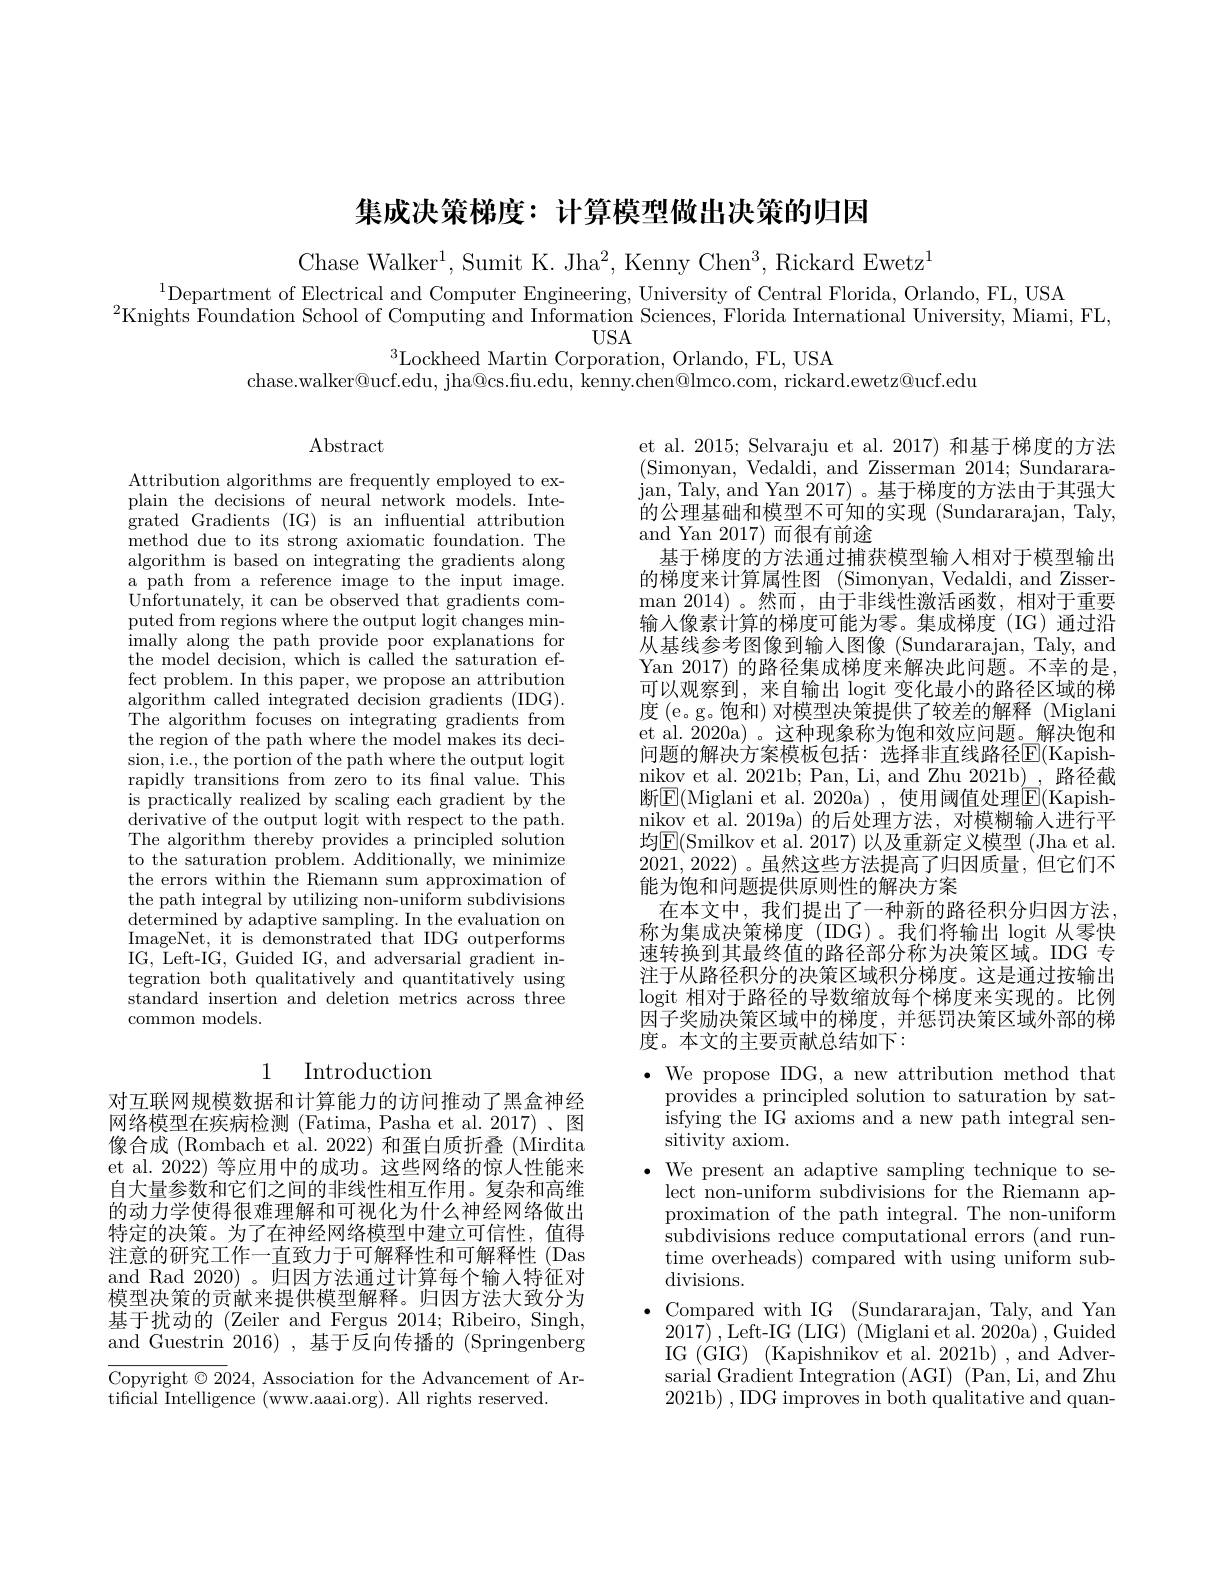
集成决策梯度：计算模型做出决策的归因

Chase Walker$^1$,Sumit K. Jha$^2$, Kenny Chen$^3$,Rickard Ewetz$^1$

$^{1}$Department of Electrical and Computer Engineering, University of Central Florida, Orlando, FL, USA

$^{2}$Knights Foundation School of Computing and Information Sciences, Florida International University, Miami, FL,
$^{3}$Lockheed Martin Corporation, Orlando, FL, USA

chase.walker@ucf.edu, jha@cs.fu.edu, kenny.chen@lmco.com, rickard.ewetz@ucf.edu

Abstract

Attribution algorithms are frequently employed to explain the decisions of neural network models. Integrated Gradients (IG) is an influential attribution method due to its strong axiomatic foundation. The algorithm is based on integrating the gradients along a path from a reference image to the input image. Unfortunately, it can be observed that gradients computed from regions where the output logit changes minimally along the path provide poor explanations for the model $\bar{\text{decision, which is called the saturation ef-}}$ fect problem. In this paper, we propose an attribution algorithm called integrated decision gradients (IDG). The algorithm focuses on integrating gradients from the region of the path where the model makes its decision, i.e., the portion of the path where the output logit rapidly transitions from zero to its final value. This is practically realized by scaling each gradient by the derivative of the output logit with respect to the path. The algorithm thereby provides a principled solution to the saturation problem. Additionally, we minimize the errors within the Riemann sum approximation of the path integral by utilizing non-uniform subdivisions determined by adaptive sampling. In the evaluation on ImageNet, it is demonstrated that IDG outperforms IG, Left-I$G$, Guided IG, and adversarial gradient integration both qualitatively and quantitatively using standard insertion and deletion metrics across three common models.

et al. 2015; Selvaraju et al. 2017) 和基于梯度的方法(Simonyan, Vedaldi, and Zisserman 2014; Sundararajan, Taly, and Yan 2017) 。基 于 梯 度 的 方 法 由 于 其 强 大 的公理基础和模型不可知的实现(Sundararajan,Taly, and Yan 2017)而很有前途
基于梯度的方法通过捕获模型输入相对于模型输出的梯度来计算属性图 (Simonyan, Vedaldi, and Zisserman 2014) 。然 而 , 由 于 非 线 性 激 活 函 数 , 相 对 于 重 要 输入像素计算的梯度可能为零。集成梯度(IG)通过沿从基线参考图像到输人图像 (Sundararajan, Taly, and Yan 2017) 的路径集成梯度来解决此问题。不幸的是可以观察到，来自输出 logit 变化最小的路径区域的梯度 (e。g。饱和) 对模型决策提供了较差的解释 (Miglani et al. 2020a) 。这种现象称为饱和效应问题。解决饱和问题的解决方案模板包括：选择非直线路径$\mathbb{E}($Kapishnikov et al. 2021b; Pan, Li, and Zhu 2021b),路径截断$\boxed{\mathrm{F}}($Miglani et al. 2020a), 使用阈值处理$\boxed{\mathrm{E}}($Kapishnikov et al. 2019a) 的后处理方法，对模糊输人进行平均$\underline{\mathrm{E}}($Smilkov et al. 2017) 以及重新定义模型 (Jha et al. 2021,2022) 。虽然这些方法提高了归因质量，但它们不能为饱和问题提供原则性的解决方案
在本文中，我们提出了一种新的路径积分归因方法， 称为集成决策梯度(IDG)。我们将输出 logit 从零快速转换到其最终值的路径部分称为决策区域。IDG 专注于从路径积分的决策区域积分梯度。这是通过按输出logit 相对于路径的导数缩放每个梯度来实现的。比例因子奖励决策区域中的梯度，并惩罚决策区域外部的梯度。本文的主要贡献总结如下：
$\bullet$ We propose IDG, a new attribution method that
provides a principled solution to saturation by satisfying the IG axioms and a new path integral sensitivity axiom.
$\bullet$ We present an adaptive sampling technique to se-
lect non-uniform subdivisions for the Riemann approximation of the path integral. The non-uniform subdivisions reduce computational errors ( and run- time overheads) compared with using uniform subdivisions.
$\bullet$ Compared with IG (Sundararajan, Taly, and Yan
2017) ,Left-IG$\left ( \mathrm{LIG}\right )$ (Miglani et al. 2020a) , Guided IG (GIG) (Kapishnikov et al. 2021b) , and Adversarial Gradient Integration (AGI) (Pan,Li,andZhu 2021b) , IDG improves in both qualitative and quan-

## 1 Introduction

对互联网规模数据和计算能力的访问推动了黑盒神经网络模型在疾病检测 (Fatima, Pasha et al.2017)、图像合成 (Rombach et al. 2022) 和蛋白质折叠 (Mirdita et al. 2022) 等应用中的成功。这些网络的惊人性能来自大量参数和它们之间的非线性相互作用。复杂和高维的动力学使得很难理解和可视化为什么神经网络做出特定的决策。为了在神经网络模型中建立可信性，值得注意的研究工作一直致力于可解释性和可解释性(Das and Rad 2020)。归因方法通过计算每个输人特征对模型决策的贡献来提供模型解释。归因方法大致分为基于扰动的(Zeiler and Fergus 2014; Ribeiro, Singh, and Guestrin 2016),基于反向传播的(Springenberg

Copyright $\odot2024$, Association for the Advancement of Ar-
tificial Intelligence (www.aaai.org). All rights reserved